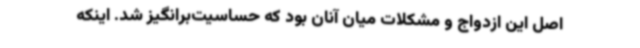
اصل این ازدواج و مشکلات میان آنان بود که حساسیت‌برانگیز شد. اینکه